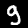
Label: 9